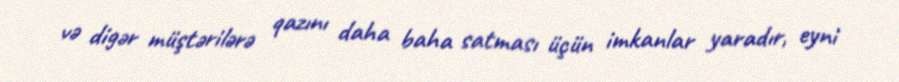
və digər müştərilərə qazını daha baha satması üçün imkanlar yaradır, eyni